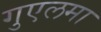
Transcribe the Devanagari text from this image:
गुएलमा